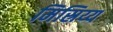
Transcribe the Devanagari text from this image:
मिस्रिय्य